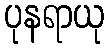
ပုနရာယု